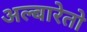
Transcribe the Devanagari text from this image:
अल्बारेतो